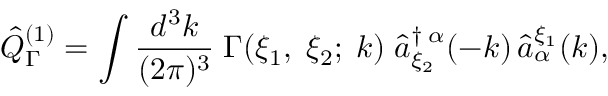
\hat { Q } _ { \Gamma } ^ { ( 1 ) } = \int \frac { d ^ { 3 } k } { ( 2 \pi ) ^ { 3 } } \; \Gamma ( \xi _ { 1 } , \; \xi _ { 2 } ; \; k ) \; \hat { a } _ { \xi _ { 2 } } ^ { \dagger \; \alpha } ( - k ) \, \hat { a } _ { \alpha } ^ { \xi _ { 1 } } ( k ) ,